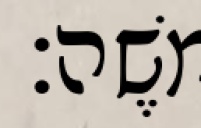
משֶׁה׃